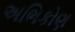
અભિકોણ